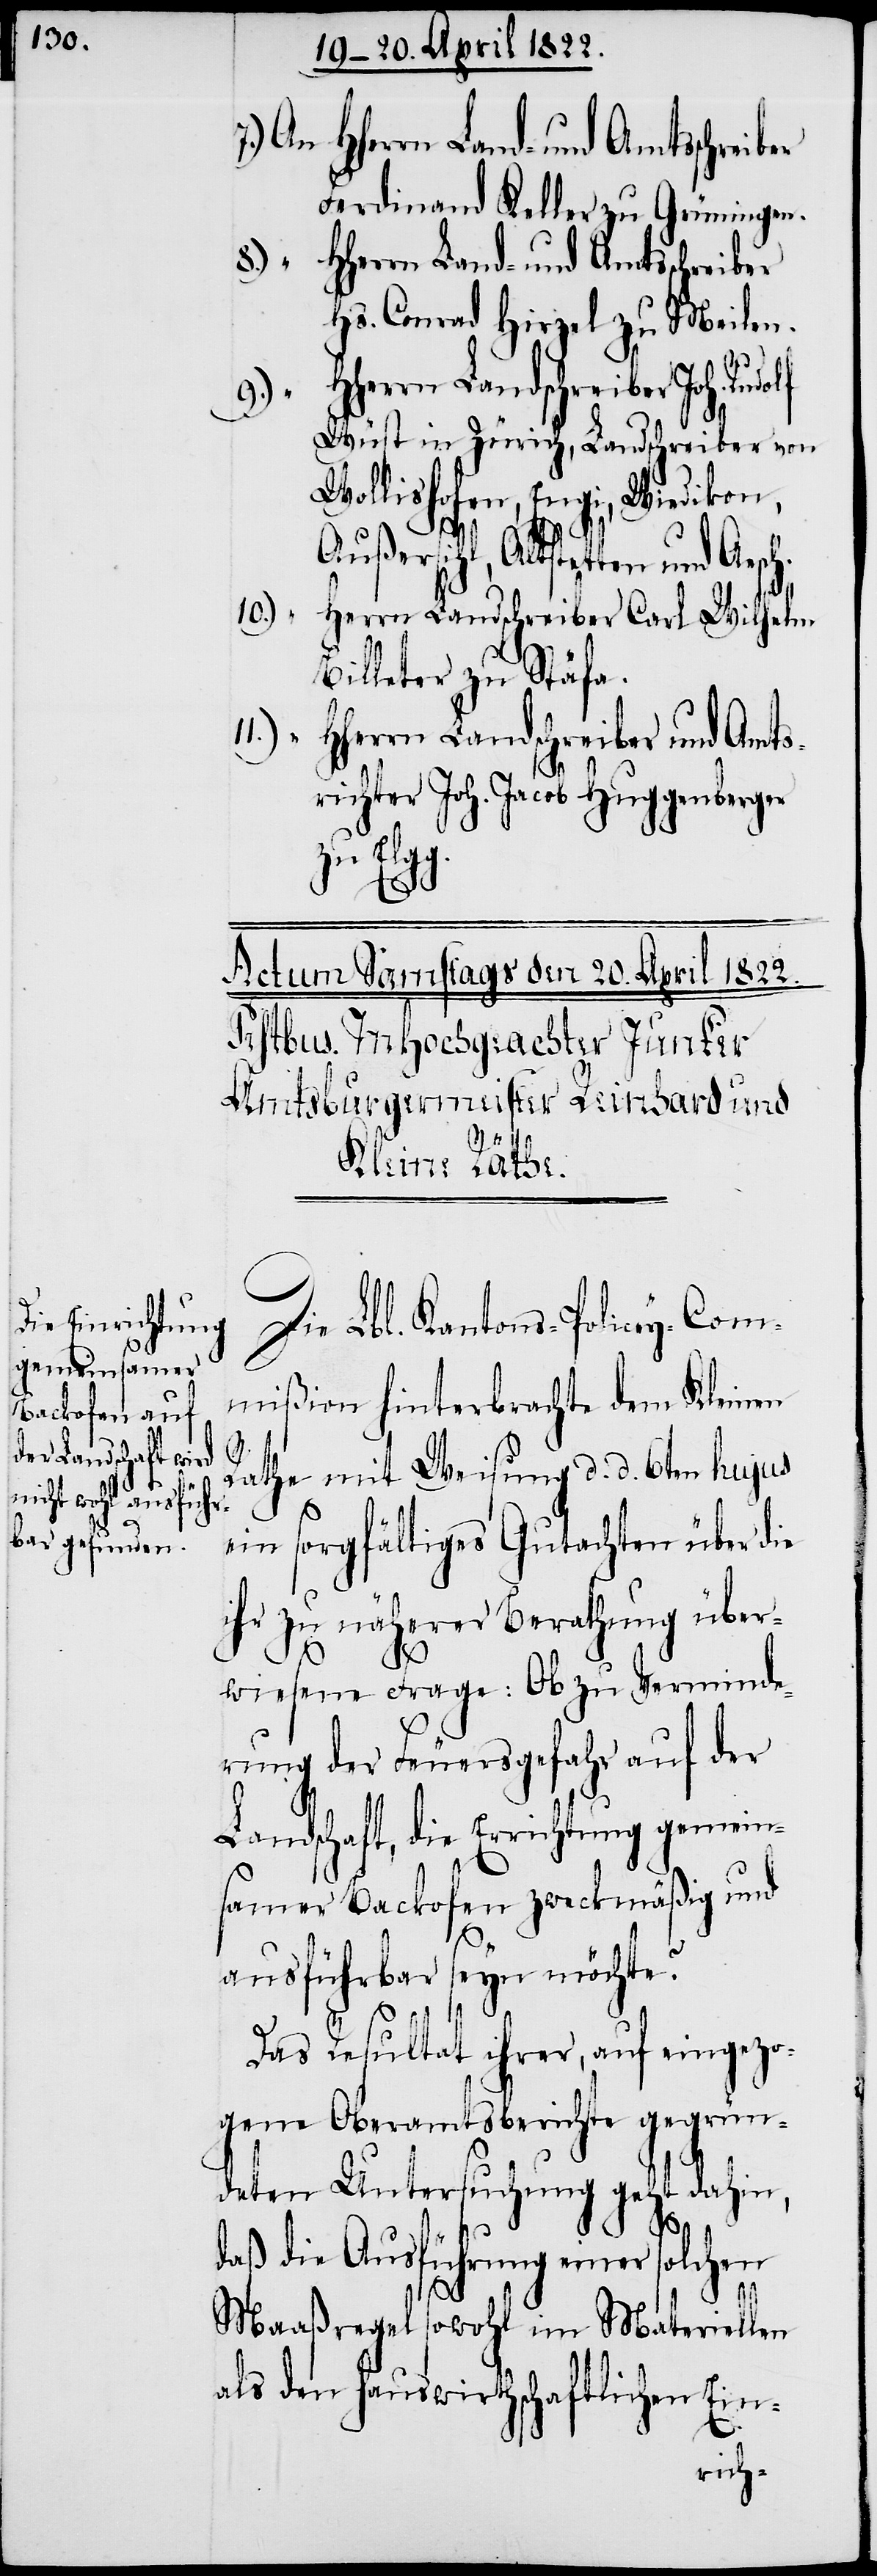
ch.

Ferdinand Keller zu Grüningen.
8.) “
HHerrn Land- und Amtsschreiber
Hs. Conrad Hirzel zu Meilen.
HHerrn Landschreiber Joh. Rud¬
9.) “
Wüst in Zürich, Landschreiber von
Wollishofen, Engi, Wiedikon,
H¬
Außersihl, Altstetten und Aes¬
10.)
HHerrn Landschreiber Carl Wilhelm
Billeter zu Stäfa.
11.) “
Herrn Landschreiber und Amts¬
richter Joh. Jacob Huggenberger
zu Elg¬
g.
Die Lbl. Kantons-Policey-Com¬
mißion hinterbrachte dem Kleinen
Rathe mit Weisung d. d. 6ten hujus
ein sorgfältiges Gutachten über die
ihr zu näherer Berathung über¬
wiesene Frage: Ob zu Verminde¬
rung der Feuersgefahr auf der
Landschaft, die Errichtung gemein¬
samer Backofen zweckmäßig und
ausführbar seyn möchte?
Das Resultat ihrer, auf eingezo¬
gene Oberamtsberichte gegrün¬
deten Untersuchung geht dahin,
daß die Ausführung einer solchen
Maaßregel sowohl im Materiellen
als den hauswirthschaftlichen Ein-